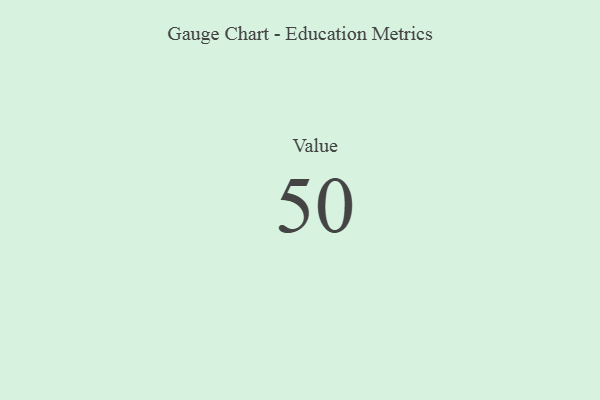
{"axis": {"x": "Metric", "y": "Value"}, "legend": [""], "data": [{"x": "Value", "y": 50, "type": ""}]}